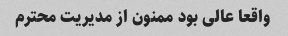
واقعا عالی بود ممنون از مدیریت محترم